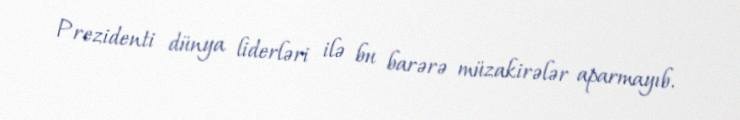
Prezidenti dünya liderləri ilə bu barərə müzakirələr aparmayıb.